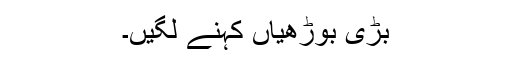
بڑی بوڑھیاں کہنے لگیں۔